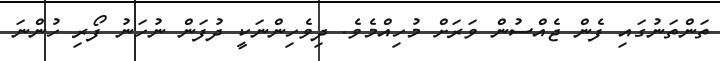
ތަންތަނުގައި ފެން ޖެއްސުން ވަރަށް މުހިއްމެވެ. ދިވެހިންނަކީ ދުފަން ނުހަނު ފޯރި ހުންނަ